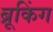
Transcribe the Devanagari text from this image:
ब्रूकिंग